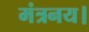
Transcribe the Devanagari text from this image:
मंत्रनय।